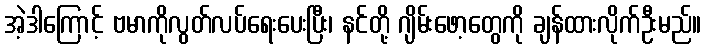
အဲ့ဒါကြောင့် ဗမာကိုလွတ်လပ်ရေးပေးပြီး၊ နင်တို့ ဂျိမ်းဖော့တွေကို ချန်ထားလိုက်ဦးမည်။